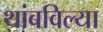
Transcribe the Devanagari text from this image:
थांबविल्या